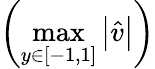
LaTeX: \left(\operatorname*{max}_{y\in\left[-1,1\right]}\big|\widehat{v}\big|\right)